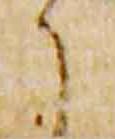
了